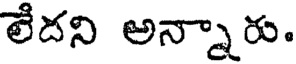
లేదని అన్నారు.